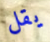
يقل